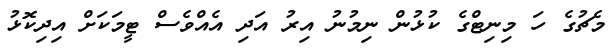
މެޗުގެ ހަ މިނިޓްގެ ކުޅުން ނިމުނު އިރު އަދި އެއްވެސް ޓީމަކަށް އިދިކޮޅު